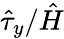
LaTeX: \hat{\tau}_{y}/\hat{H}